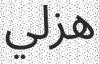
ھزلي